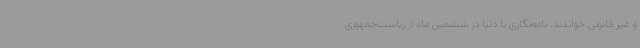
و غیر قانونی خواندند. نامه‌نگاری با دنیا در ششمین ماه از ریاست‌جمهوری